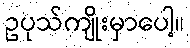
ဥပုသ်ကျိုးမှာပေါ့။